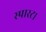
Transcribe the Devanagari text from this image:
स्पारटा